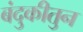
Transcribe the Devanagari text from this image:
बंदुकीतुन